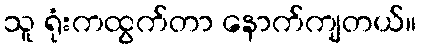
သူ ရုံးကထွက်တာ နောက်ကျတယ်။